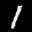
Label: 1